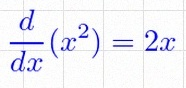
\frac{d}{dx}(x^2)=2x